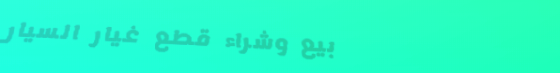
بيع وشراء قطع غيار السيار